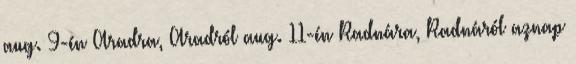
aug. 9-én Aradra, Aradról aug. 11-én Radnára, Radnáról aznap